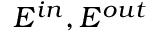
E ^ { i n } , E ^ { o u t }